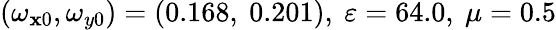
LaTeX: (\omega_{\mathbf{x}0},\omega_{y0})=(0.168,\ 0.201),\ \varepsilon=64.0,\ \mu=0.5